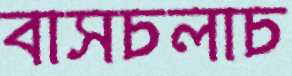
বাসচলাচ